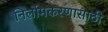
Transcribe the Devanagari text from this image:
निर्लोमकरणासाठी